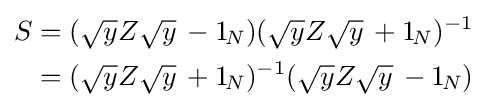
{\begin{aligned}S&=({\sqrt {y}}Z{\sqrt {y}}\,-1_{\!N})({\sqrt {y}}Z{\sqrt {y}}\,+1_{\!N})^{-1}\\&=({\sqrt {y}}Z{\sqrt {y}}\,+1_{\!N})^{-1}({\sqrt {y}}Z{\sqrt {y}}\,-1_{\!N})\\\end{aligned}}